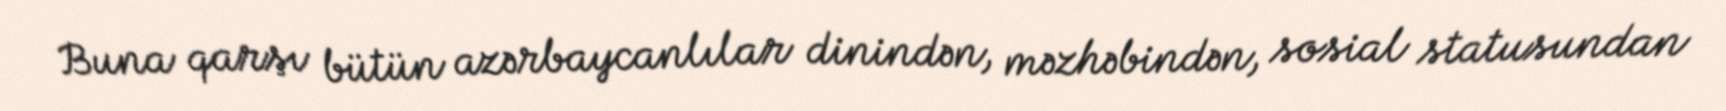
Buna qarşı bütün azərbaycanlılar dinindən, məzhəbindən, sosial statusundan